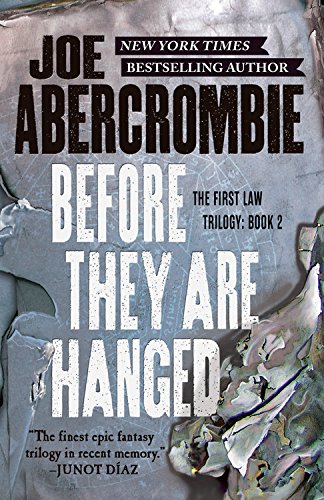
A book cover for Before They Are Hanged (The First Law); Joe Abercrombie; Science Fiction & Fantasy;